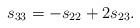
LaTeX: \begin{align*}s_{33} = - s_{22} + 2 s_{23}.\end{align*}